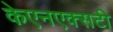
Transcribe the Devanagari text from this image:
केएनएक्सटी